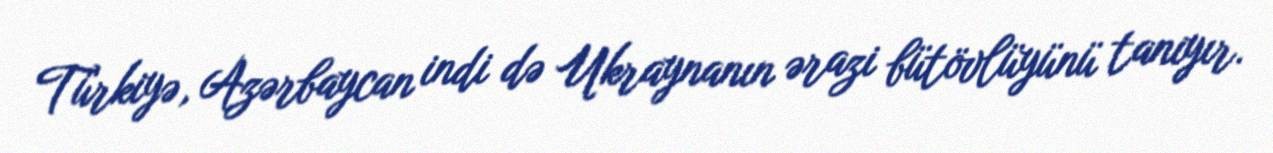
Türkiyə, Azərbaycan indi də Ukraynanın ərazi bütövlüyünü tanıyır.